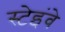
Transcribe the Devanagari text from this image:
स्टेइंवे